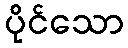
ပိုင်သော